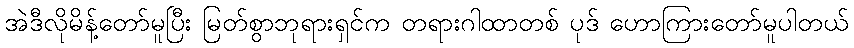
အဲဒီလိုမိန့်တော်မူပြီး မြတ်စွာဘုရားရှင်က တရားဂါထာတစ် ပုဒ် ဟောကြားတော်မူပါတယ်